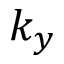
k _ { y }